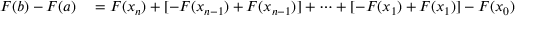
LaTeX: \begin{array} { r l } { F ( b ) - F ( a ) } & { { } = F ( x _ { n } ) + [ - F ( x _ { n - 1 } ) + F ( x _ { n - 1 } ) ] + \cdots + [ - F ( x _ { 1 } ) + F ( x _ { 1 } ) ] - F ( x _ { 0 } ) } \end{array}